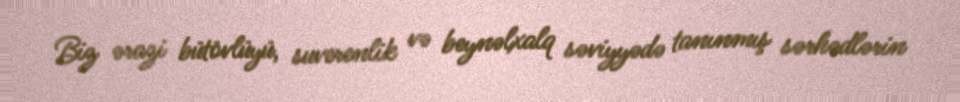
Biz ərazi bütövlüyü, suverenlik və beynəlxalq səviyyədə tanınmış sərhədlərin